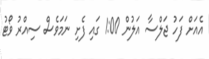
އެއަށް ފަހު ޖަލްސާ އަލުން 1:00 ގައި ފެށި ނަމަވެސް ސިއްރު ވޯޓު